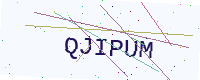
Text: QJIPUM